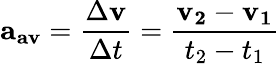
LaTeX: \mathbf{a_{av}}={\frac{\Delta\mathbf{v}}{\Delta t}}={\frac{\mathbf{v_{2}}-\mathbf{v_{1}}}{t_{2}-t_{1}}}